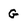
Character: G